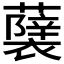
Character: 𮒵